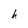
Character: h